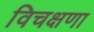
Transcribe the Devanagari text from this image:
विचक्षणा